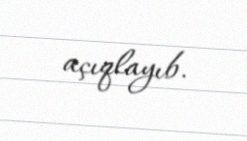
açıqlayıb.